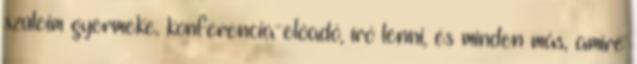
szüleim gyermeke, konferencia-előadó, író lenni, és minden más, amire